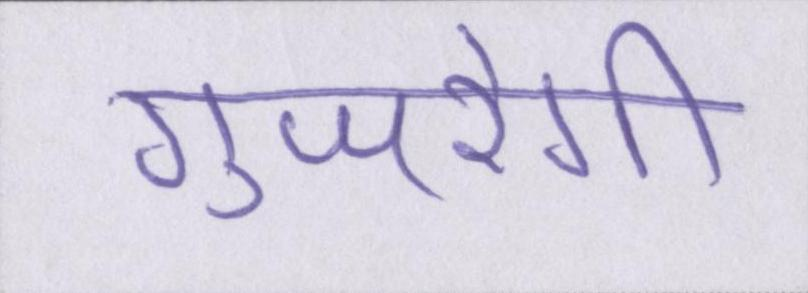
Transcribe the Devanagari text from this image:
गुजरेगी